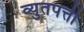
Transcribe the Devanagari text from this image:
व्युतपत्ती